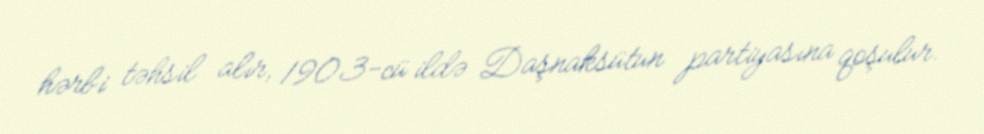
hərbi təhsil alır, 1903-cü ildə Daşnaksütun partiyasına qoşulur.